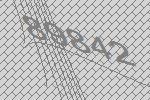
89842